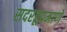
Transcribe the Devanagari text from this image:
सदरहूप्रमाणें